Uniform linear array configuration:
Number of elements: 48
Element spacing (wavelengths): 0.75
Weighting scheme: binomial
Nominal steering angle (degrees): -45
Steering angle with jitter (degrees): -44.482
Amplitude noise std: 0.05
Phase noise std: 0.05

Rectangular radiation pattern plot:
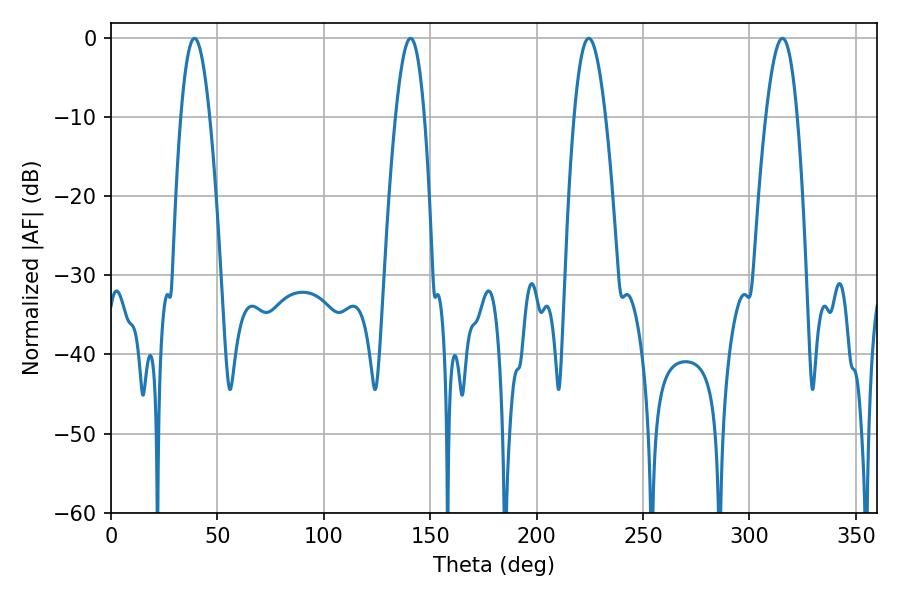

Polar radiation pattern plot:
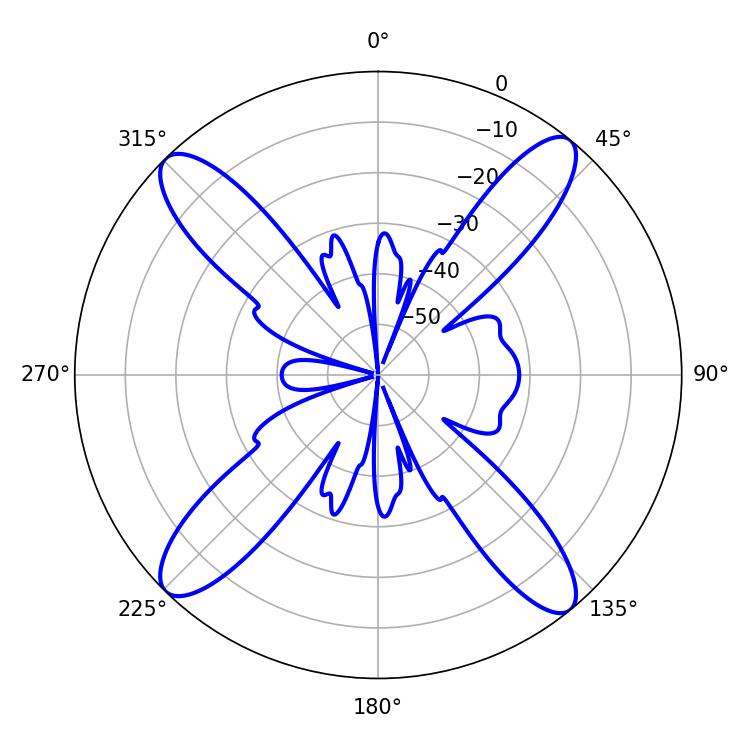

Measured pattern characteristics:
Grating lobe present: TRUE
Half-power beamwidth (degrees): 7.38
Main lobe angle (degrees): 39.24